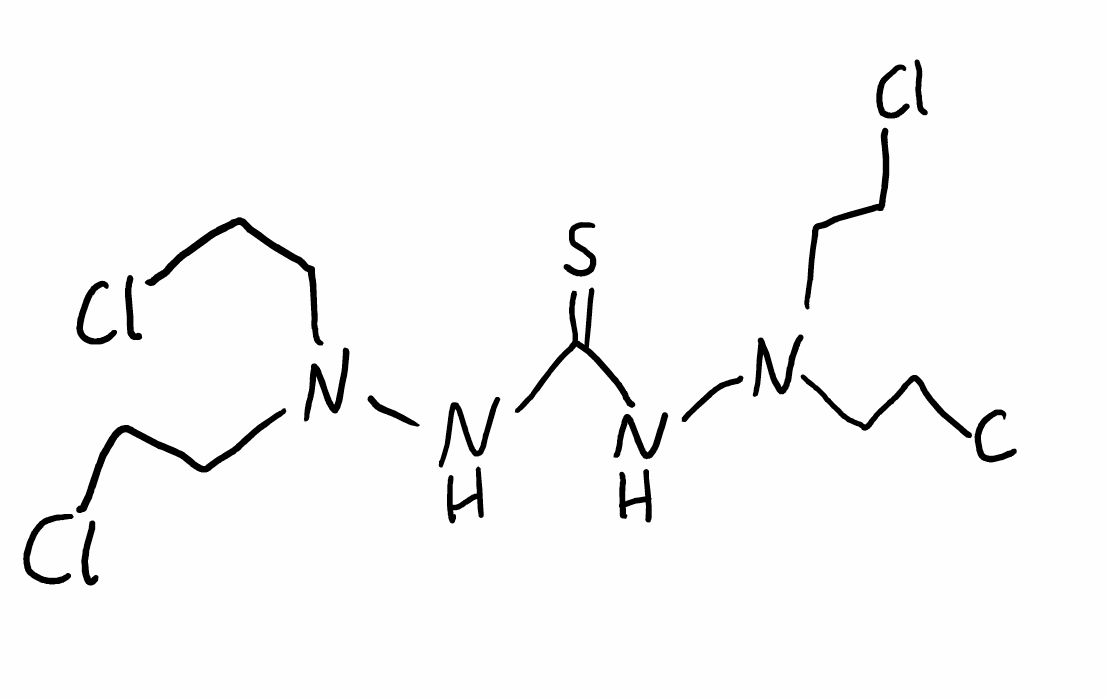
Simplified molecular-input line-entry system (SMILES) notation of the given molecule:
C(CCl)N(CCCl)NC(=S)NN(CCCl)CCCl